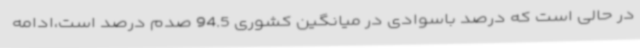
در حالی است که درصد باسوادی در میانگین کشوری 94.5 صدم درصد است،ادامه